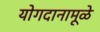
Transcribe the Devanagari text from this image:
योगदानामूळे